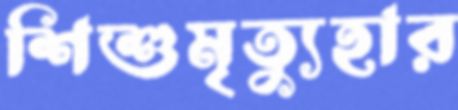
শিশুমৃত্যুহার